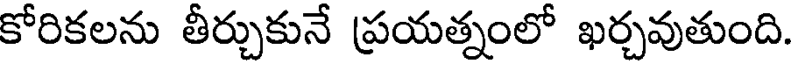
కోరికలను తీర్చుకునే ప్రయత్నంలో ఖర్చవుతుంది.